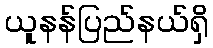
ယူနန်ပြည်နယ်ရှိ